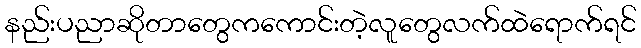
နည်းပညာဆိုတာတွေကကောင်းတဲ့လူတွေလက်ထဲရောက်ရင်